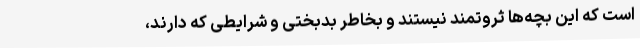
است که این بچه‌ها ثروتمند نیستند و بخاطر بدبختی و شرایطی که دارند،